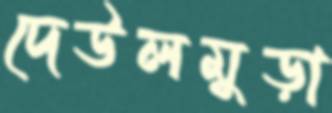
দেউলমুড়া